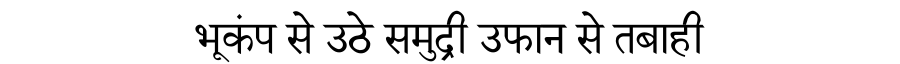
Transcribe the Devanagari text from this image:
भूकंप से उठे समुद्री उफान से तबाही